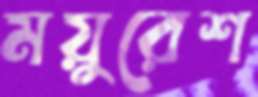
ময়ুরেশ